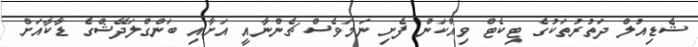
ޝެޑިއުލް ދަތުރުތަކުގެ ޓިކެޓް ވިއްކަން ފެށި ނަމަވެސް ޗެންނާއީ އަށާއި ބަންގްލަދޭޝްގެ ޑާކާއަށް